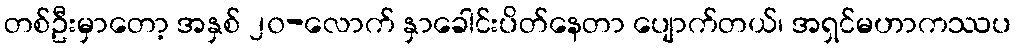
တစ်ဦးမှာတော့ အနှစ် ၂၀-လောက် နှာခေါင်းပိတ်နေတာ ပျောက်တယ်၊ အရှင်မဟာကဿပ